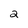
Character: 2